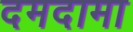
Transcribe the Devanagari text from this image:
दमदामा